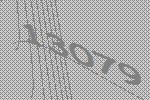
13079